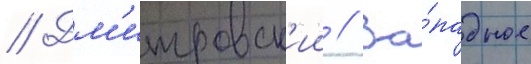
// Дм'итровск'ии // За́падное